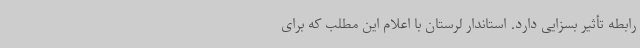
رابطه تأثیر بسزایی دارد. استاندار لرستان با اعلام این مطلب که برای